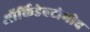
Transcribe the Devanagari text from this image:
ऑर्किडेक्टोमीव